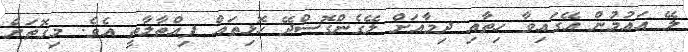
ލޭ އައުމުން އޭގައިވާ ހިތާއި ދިމާއަށް ލޭގެންގޮސްދޭ ހޮޅިތައް ފިއްތާލާތީ އެވެ. މިގޮތަށް